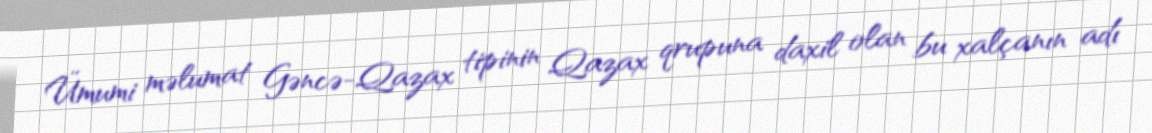
Ümumi məlumat Gəncə-Qazax tipinin Qazax qrupuna daxil olan bu xalçanın adı